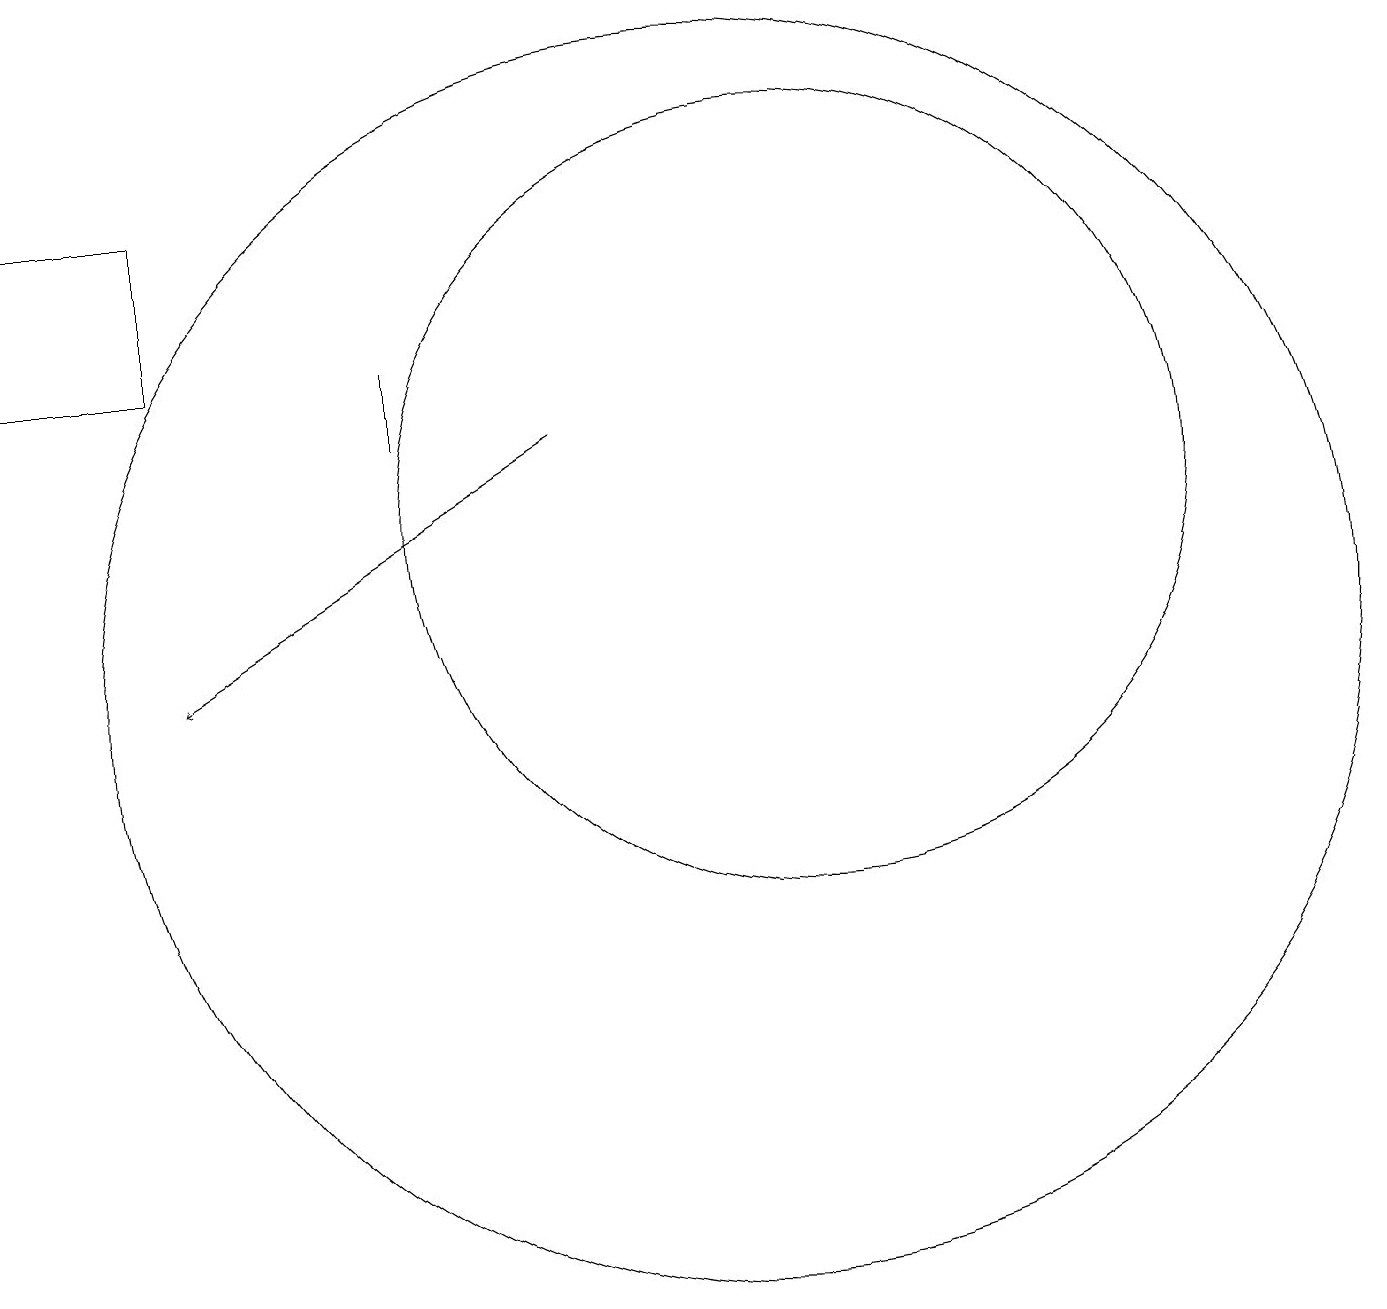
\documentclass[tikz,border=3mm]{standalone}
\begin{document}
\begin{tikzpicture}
\draw (10,10) circle (8);
\draw (11,12) circle (5);
\draw[->] (8,13) -- (3,10);
\draw (3,16) rectangle (1,14);
\draw (6,14) rectangle (6,13);
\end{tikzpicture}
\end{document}